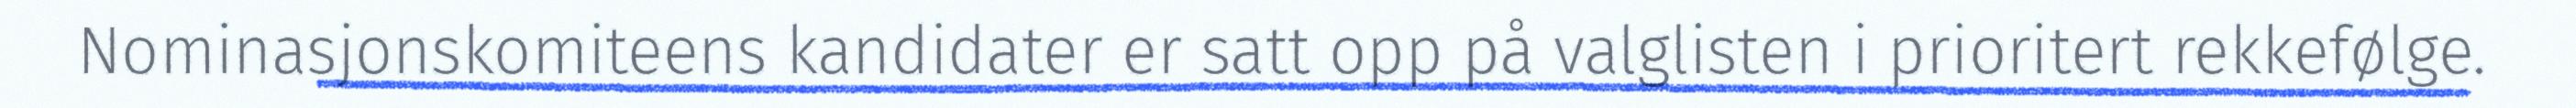
Nominasjonskomiteens kandidater er satt opp på valglisten i prioritert rekkefølge.